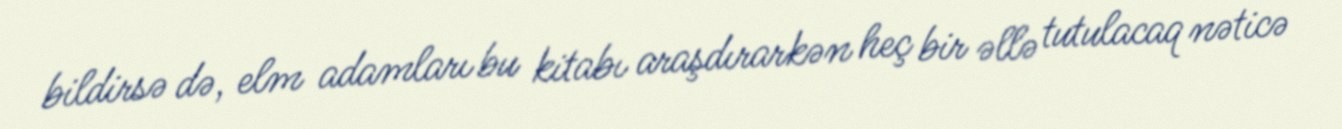
bildirsə də, elm adamları bu kitabı araşdırarkən heç bir əllə tutulacaq nəticə